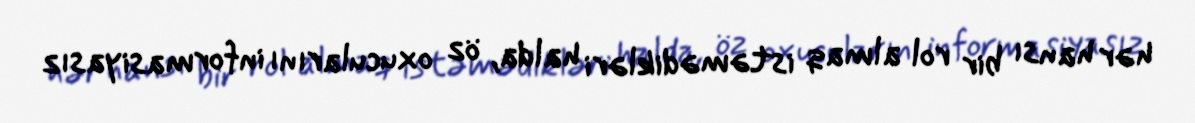
hər hansı bir rol almaq istəmədikləri halda, öz oxucularını informasiyasız